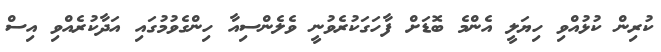
ކުރިން ކުޅުއްވި ހިޔަލީ އެންމެ ބޮޑަށް ފާހަގަކުރެވުނީ ވެލެންސިއާ ހިންގެވުމުގައި އަދާކުރެއްވި އިސް